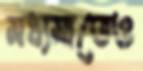
মধ্যমাতেও